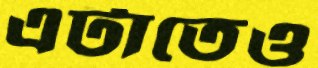
এটাতেও